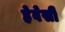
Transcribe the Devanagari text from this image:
हेवेसी